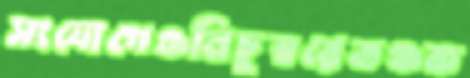
সংযোগেওনিচুস্বরেতঞ্চক